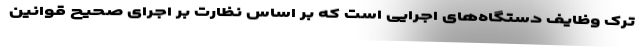
ترک وظایف دستگاه‌های اجرایی است که بر اساس نظارت بر اجرای صحیح قوانین